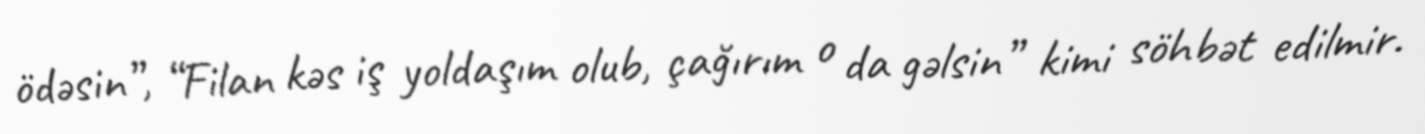
ödəsin”, “Filan kəs iş yoldaşım olub, çağırım o da gəlsin” kimi söhbət edilmir.